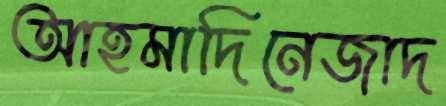
আহমাদিনেজাদ